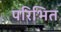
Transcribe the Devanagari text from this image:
परिभित